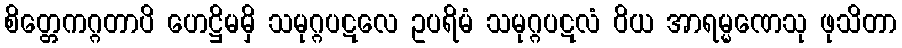
စိတ္တေကဂ္ဂတာပိ ဟေဋ္ဌိမမှိ သမုဂ္ဂပဋလေ ဥပရိမံ သမုဂ္ဂပဋလံ ဝိယ အာရမ္မဏေသု ဖုသိတာ